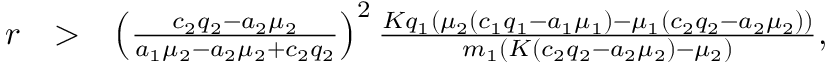
\begin{array} { r l r } { r } & { > } & { \left( \frac { c _ { 2 } q _ { 2 } - a _ { 2 } \mu _ { 2 } } { a _ { 1 } \mu _ { 2 } - a _ { 2 } \mu _ { 2 } + c _ { 2 } q _ { 2 } } \right) ^ { 2 } \frac { K q _ { 1 } ( \mu _ { 2 } ( c _ { 1 } q _ { 1 } - a _ { 1 } \mu _ { 1 } ) - \mu _ { 1 } ( c _ { 2 } q _ { 2 } - a _ { 2 } \mu _ { 2 } ) ) } { m _ { 1 } ( K ( c _ { 2 } q _ { 2 } - a _ { 2 } \mu _ { 2 } ) - \mu _ { 2 } ) } , } \end{array}